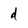
Character: d